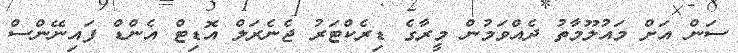
ސަން އަށް މައުލޫމާތު ދެއްވަމުން މީރާގެ ޑިރެކްޓަރު ޖެނެރަލް އޮޑިޓް އެންޑް ފައިނޭންސް